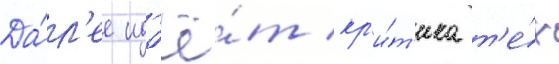
Да́л'ее ид'ё́т кр'и́т'ика т'е́х